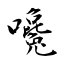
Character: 嚵